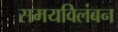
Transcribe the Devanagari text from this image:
समयविलंबन